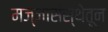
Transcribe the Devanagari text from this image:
मज्जासंस्थेतून